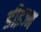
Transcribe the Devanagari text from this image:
डीइज्म